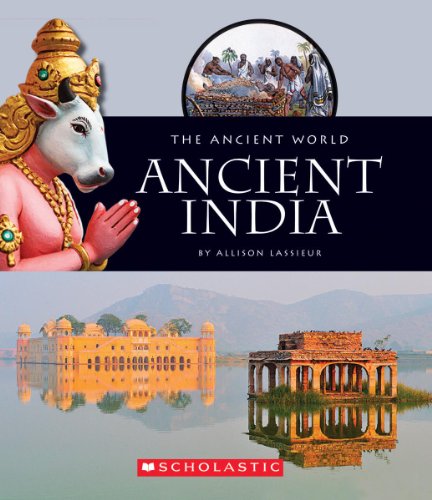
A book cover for Ancient India (The Ancient World); Allison Lassieur; Teen & Young Adult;